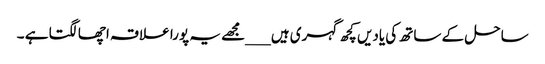
ساحل کے ساتھ کی یادیں کچھ گہری ہیں ___مجھے یہ پورا علاقہ اچھا لگتا ہے ۔